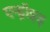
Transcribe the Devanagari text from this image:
एन्ड्रॉइड्